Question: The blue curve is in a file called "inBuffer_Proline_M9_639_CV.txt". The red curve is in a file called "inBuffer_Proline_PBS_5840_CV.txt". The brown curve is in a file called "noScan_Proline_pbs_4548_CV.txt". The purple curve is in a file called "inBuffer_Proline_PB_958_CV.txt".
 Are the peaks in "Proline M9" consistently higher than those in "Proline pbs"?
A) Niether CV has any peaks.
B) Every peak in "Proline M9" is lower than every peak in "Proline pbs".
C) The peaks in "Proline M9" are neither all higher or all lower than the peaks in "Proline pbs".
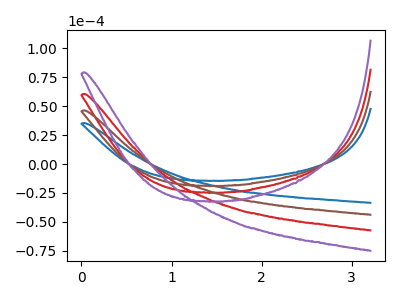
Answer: <think>The blue curve "Proline M9" has no peaks. The red curve "Proline PBS" has no peaks. The brown curve "Proline pbs" has no peaks. The purple curve "Proline PB" has no peaks.</think>
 <answer>A) Niether CV has any peaks.</answer>
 <eval>A</eval>